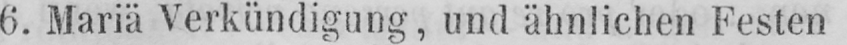
6. Mariä Verkündigung, und ähnlichen Festen